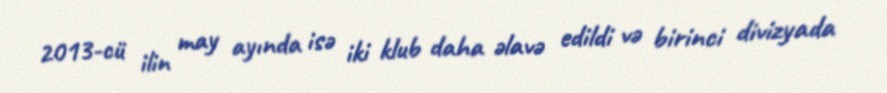
2013-cü ilin may ayında isə iki klub daha əlavə edildi və birinci divizyada